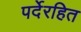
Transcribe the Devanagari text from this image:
पर्देरहित